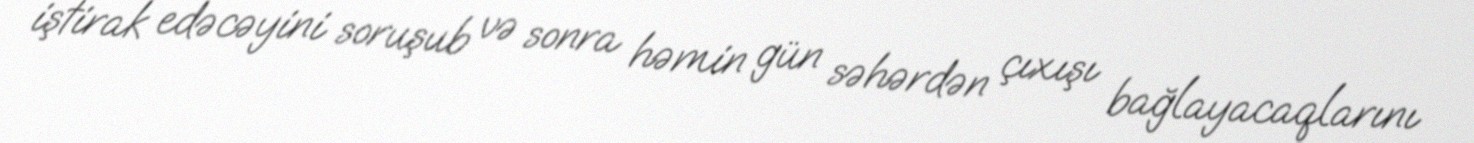
iştirak edəcəyini soruşub və sonra həmin gün səhərdən çıxışı bağlayacaqlarını